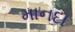
માનદા